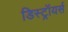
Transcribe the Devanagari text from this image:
डिस्ट्रॉयर्स